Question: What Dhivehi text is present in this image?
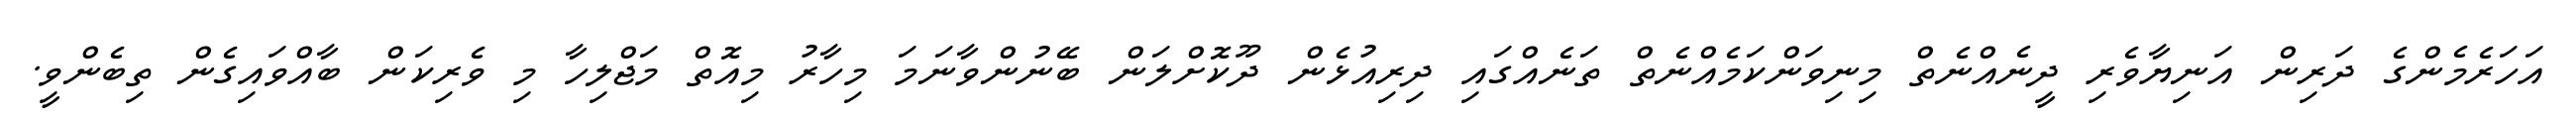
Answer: އަހަރެމެންގެ ދަރިން އަނިޔާވެރި ދީނެއްނެތް މިނިވަންކަމެއްނެތް ތަނެއްގައި ދިރިއުޅެން ދޫކޮށްލަން ބޭނުންވާނަމަ މިހާރު މިއޮތް މަޖްލިހާ މި ވެރިކަން ބާއްވައިގެން ތިބެންވީ.